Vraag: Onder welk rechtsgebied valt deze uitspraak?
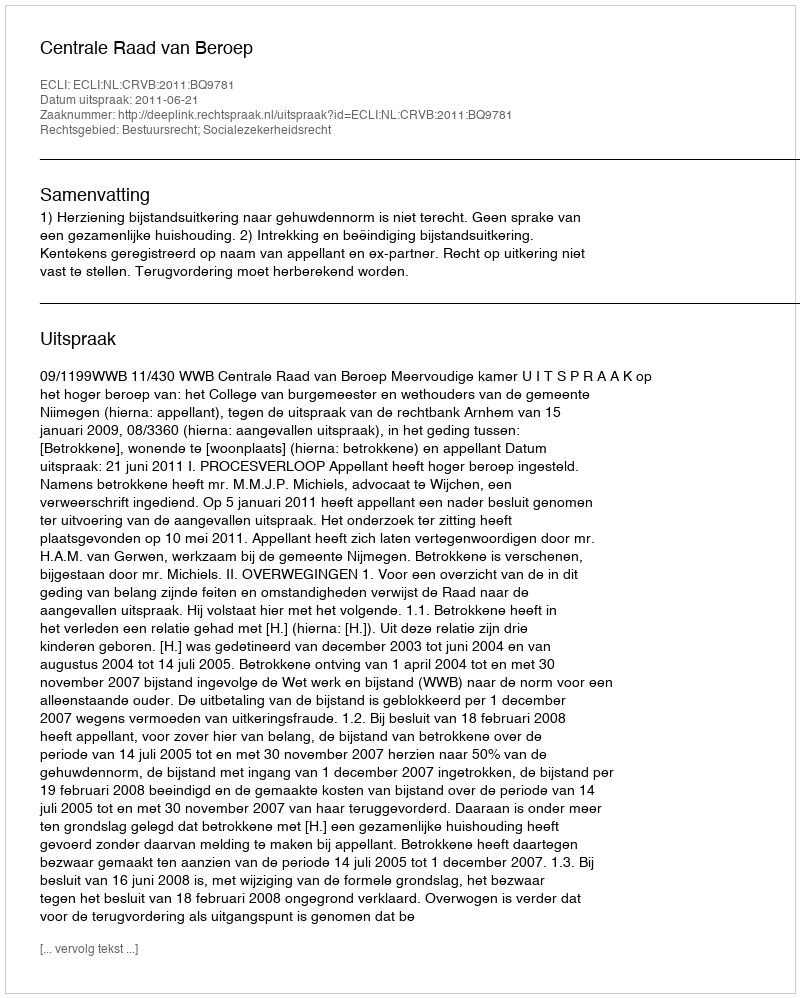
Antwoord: Bestuursrecht; Socialezekerheidsrecht